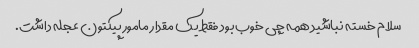
سلام خسته نباشید همه چی خوب بود فقط یک مقدار مامور پیکتون عجله داشت.